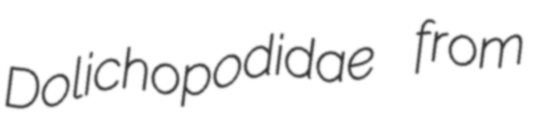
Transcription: Dolichopodidae from